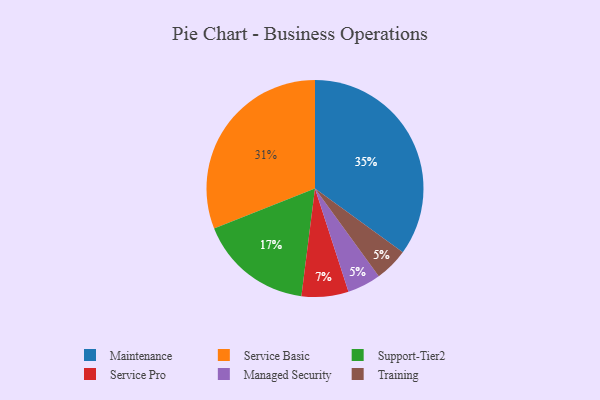
{"axis": {"x": "Category", "y": "Percentage"}, "legend": ["Maintenance", "Managed Security", "Service Basic", "Service Pro", "Support-Tier2", "Training"], "data": [{"x": "Managed Security", "y": 5, "type": "Managed Security"}, {"x": "Maintenance", "y": 35, "type": "Maintenance"}, {"x": "Support-Tier2", "y": 17, "type": "Support-Tier2"}, {"x": "Training", "y": 5, "type": "Training"}, {"x": "Service Basic", "y": 31, "type": "Service Basic"}, {"x": "Service Pro", "y": 7, "type": "Service Pro"}]}